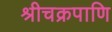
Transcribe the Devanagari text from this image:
श्रीचक्रपाणि